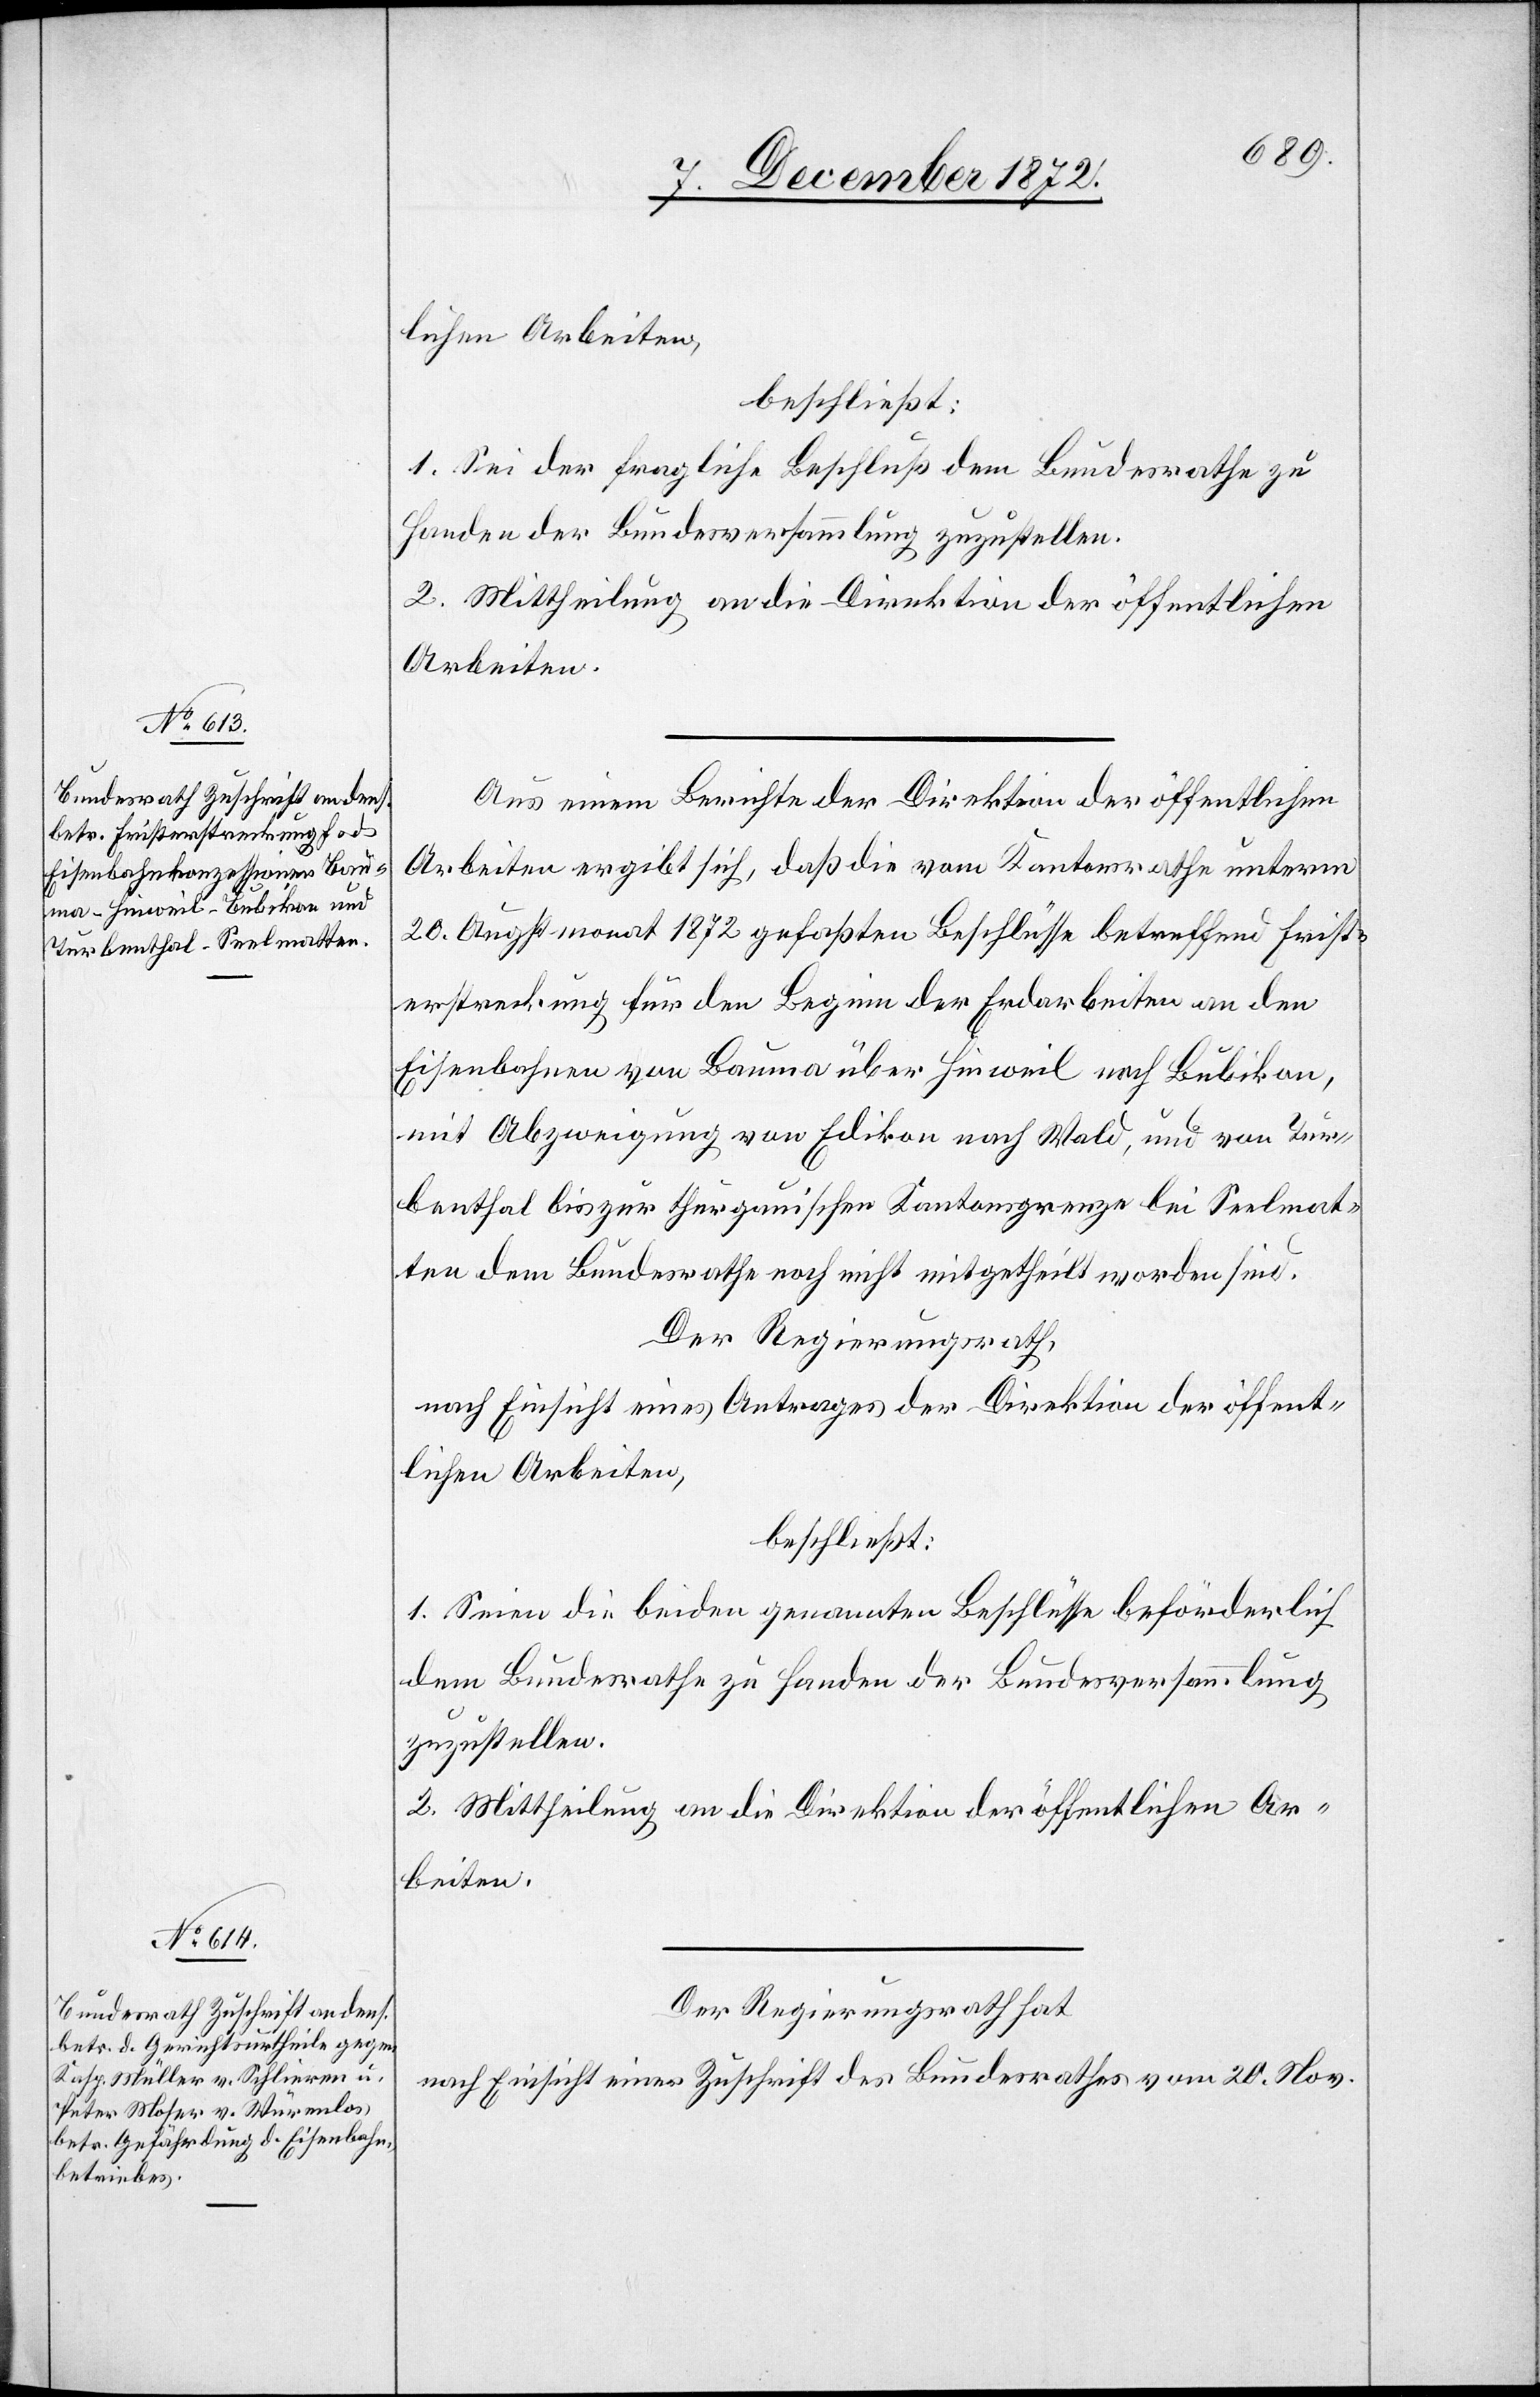
10.
December 1872.]
lichen Arbeiten,
beschließt:
1. Sei der fragliche Beschluß dem Bundesrathe zu
Handen der Bundesversammlung zuzustellen.
2. Mittheilung an die Direktion der öffentlichen
Arbeiten.
Aus einem Berichte der Direktion der öffentlichen
Arbeiten ergibt sich, daß die vom Kantonsrathe unterm
20. Augstmonat 1872 gefaßten Beschlüsse betreffend Frist¬
erstreckung für den Beginn der Erdarbeiten an den
Eisenbahnen von Bauma über Hinweil nach Bubikon,
mit Abzweigung von Edikon nach Wald, und von Tur¬
benthal bis zur thurgauischen Kantonsgrenze bei Seelmat¬
ten dem Bundesrathe noch nicht mitgetheilt worden sind.
Der Regierungsrath,
nach Einsicht eines Antrages der Direktion der öffent¬
lichen Arbeiten,
beschließt:
1. Seien die beiden genannten Beschlüsse beförderlich
dem Bundesrathe zu Handen der Bundesversammlung
zuzustellen.
Der Regierungsrath hat
nach Einsicht einer Zuschrift des Bundesrathes vom 20. Nov.